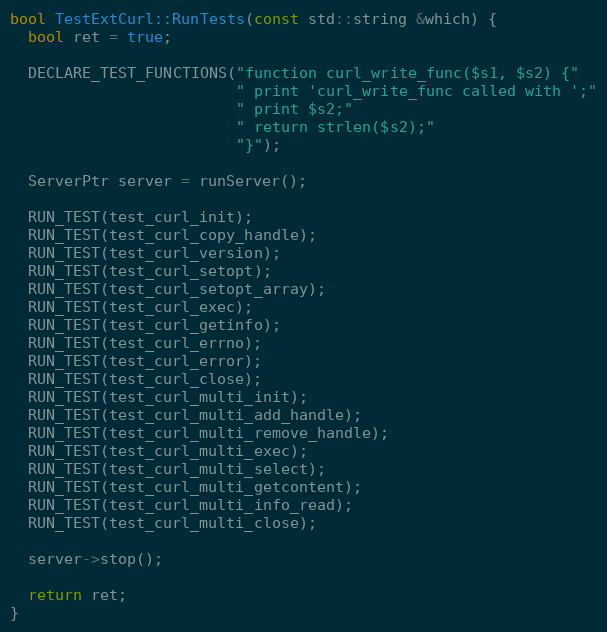
Language: C++
bool TestExtCurl::RunTests(const std::string &which) {
  bool ret = true;

  DECLARE_TEST_FUNCTIONS("function curl_write_func($s1, $s2) {"
                         " print 'curl_write_func called with ';"
                         " print $s2;"
                         " return strlen($s2);"
                         "}");

  ServerPtr server = runServer();

  RUN_TEST(test_curl_init);
  RUN_TEST(test_curl_copy_handle);
  RUN_TEST(test_curl_version);
  RUN_TEST(test_curl_setopt);
  RUN_TEST(test_curl_setopt_array);
  RUN_TEST(test_curl_exec);
  RUN_TEST(test_curl_getinfo);
  RUN_TEST(test_curl_errno);
  RUN_TEST(test_curl_error);
  RUN_TEST(test_curl_close);
  RUN_TEST(test_curl_multi_init);
  RUN_TEST(test_curl_multi_add_handle);
  RUN_TEST(test_curl_multi_remove_handle);
  RUN_TEST(test_curl_multi_exec);
  RUN_TEST(test_curl_multi_select);
  RUN_TEST(test_curl_multi_getcontent);
  RUN_TEST(test_curl_multi_info_read);
  RUN_TEST(test_curl_multi_close);

  server->stop();

  return ret;
}